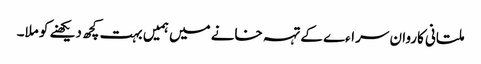
ملتانی کاروان سراءے کے تہہ خانے میں ہمیں بہت کچھ دیکھنے کو ملا۔